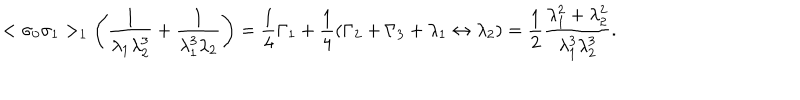
< \sigma _ { 0 } \sigma _ { 1 } > _ { 1 } \left( { \frac { 1 } { \lambda _ { 1 } \lambda _ { 2 } ^ { 3 } } } + { \frac { 1 } { \lambda _ { 1 } ^ { 3 } \lambda _ { 2 } } } \right) = { \frac { 1 } { 4 } } \Gamma _ { 1 } + { \frac { 1 } { 4 } } ( \Gamma _ { 2 } + \Gamma _ { 3 } + \lambda _ { 1 } \leftrightarrow \lambda _ { 2 } ) = { \frac { 1 } { 2 } } { \frac { \lambda _ { 1 } ^ { 2 } + \lambda _ { 2 } ^ { 2 } } { \lambda _ { 1 } ^ { 3 } \lambda _ { 2 } ^ { 3 } } } .